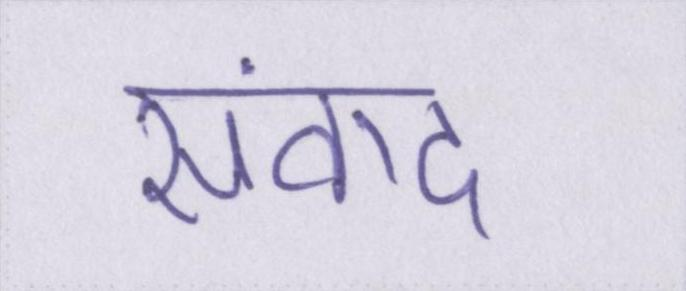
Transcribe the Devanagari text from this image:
संवाद